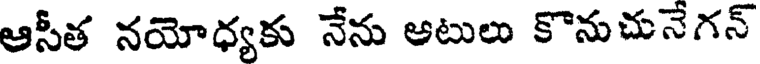
ఆసీత నయోధ్యకు నేను ఆటులు కొనుచునేగన్